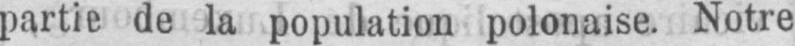
partie de la population polonaise. Notre